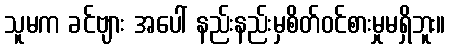
သူမက ခင်ဗျား အပေါ် နည်းနည်းမှစိတ်ဝင်စားမှုမရှိဘူး။